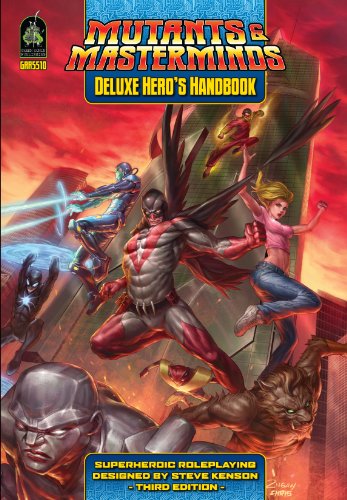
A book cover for Mutants Masterminds Deluxe Heros Hand; Science Fiction & Fantasy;